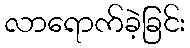
လာရောက်ခဲ့ခြင်း